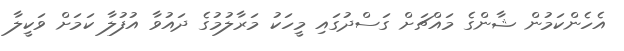
އެހެންކަމުން ޝާންގެ މައްޗަށް ގަސްދުގައި މީހަކު މަރާލުމުގެ ދައުވާ އުފުލާ ކަމަށް ވަކީލާ